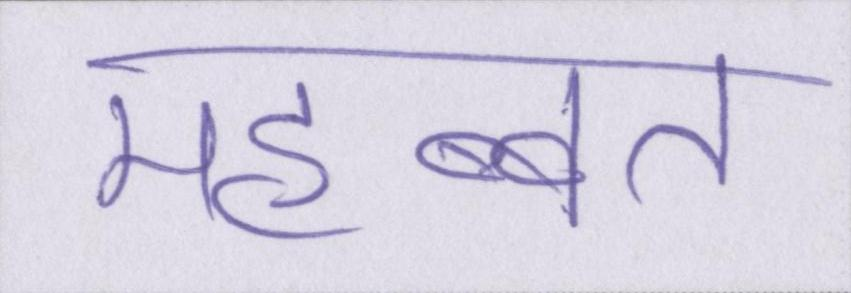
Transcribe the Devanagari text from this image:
महब्बत